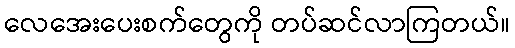
လေအေးပေးစက်တွေကို တပ်ဆင်လာကြတယ်။